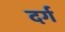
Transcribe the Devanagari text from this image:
दर्ग